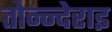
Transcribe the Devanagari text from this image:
तोन्न्देराइ